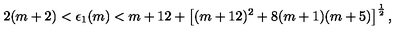
2 ( m + 2 ) < \epsilon _ { 1 } ( m ) < m + 1 2 + \left[ ( m + 1 2 ) \sp 2 + 8 ( m + 1 ) ( m + 5 ) \right] \sp { \frac { 1 } { 2 } } ,